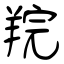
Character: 羦